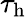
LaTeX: \tau_{\mathrm{h}}